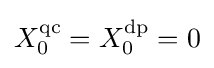
X_{0}^{\mathrm {qc} }=X_{0}^{\mathrm {dp} }=0